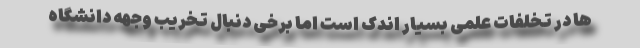
ها در تخلفات علمی بسیار اندک است اما برخی دنبال تخریب وجهه دانشگاه